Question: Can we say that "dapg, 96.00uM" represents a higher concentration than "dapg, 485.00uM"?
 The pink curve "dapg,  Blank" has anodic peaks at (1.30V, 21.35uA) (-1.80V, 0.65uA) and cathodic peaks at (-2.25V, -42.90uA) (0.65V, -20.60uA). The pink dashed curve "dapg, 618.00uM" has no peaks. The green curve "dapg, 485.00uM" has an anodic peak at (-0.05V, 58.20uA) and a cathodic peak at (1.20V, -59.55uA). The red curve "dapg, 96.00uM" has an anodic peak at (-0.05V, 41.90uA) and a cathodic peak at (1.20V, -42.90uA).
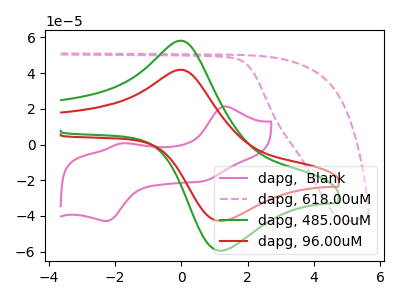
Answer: <think>All the peaks in "dapg, 96.00uM" have a peak in "dapg, 485.00uM" at the same potential. Every peak in "dapg, 96.00uM" is lower than every peak in "dapg, 485.00uM".
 </think>
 <answer>"dapg, 96.00uM" has less signal than "dapg, 485.00uM" and so likely has a lower concentration.</answer>
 <eval>less_concentration</eval>